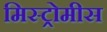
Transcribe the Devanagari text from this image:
मिस्ट्रोमीस